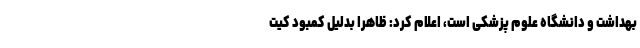
بهداشت و دانشگاه علوم پزشکی است، اعلام کرد: ظاهرا بدلیل کمبود کیت